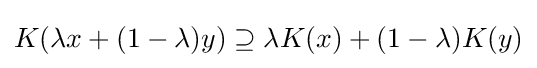
{\textstyle K(\lambda x+(1-\lambda )y)\supseteq \lambda K(x)+(1-\lambda )K(y)}